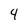
Character: 4